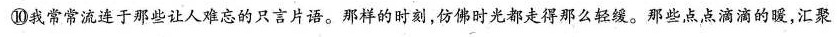
⑩我常常流连于那些让人难忘的只言片语。那样的时刻，仿佛时光都走得那么轻缓。那些点点滴滴的，汇聚